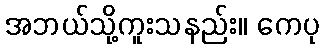
အဘယ်သို့ကူးသနည်း။ ကေပု